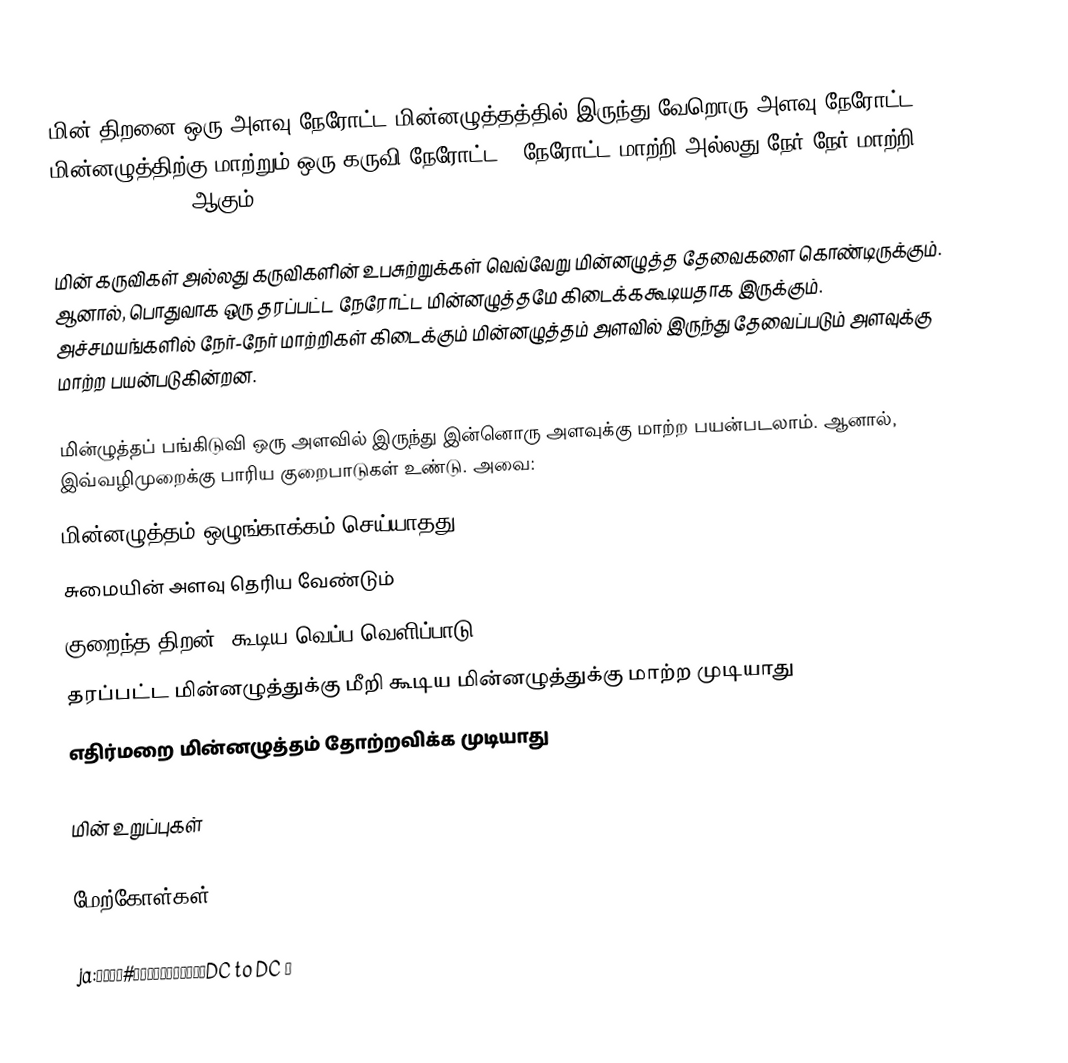
மின் திறனை ஒரு அளவு நேரோட்ட மின்னழுத்தத்தில் இருந்து வேறொரு அளவு நேரோட்ட மின்னழுத்திற்கு மாற்றும் ஒரு கருவி நேரோட்ட - நேரோட்ட மாற்றி அல்லது நேர்-நேர் மாற்றி (DC to DC Converter) ஆகும்.

மின் கருவிகள் அல்லது கருவிகளின் உபசுற்றுக்கள் வெவ்வேறு மின்னழுத்த தேவைகளை கொண்டிருக்கும். ஆனால், பொதுவாக ஒரு தரப்பட்ட நேரோட்ட மின்னழுத்தமே கிடைக்ககூடியதாக இருக்கும். அச்சமயங்களில் நேர்-நேர் மாற்றிகள் கிடைக்கும் மின்னழுத்தம் அளவில் இருந்து தேவைப்படும் அளவுக்கு மாற்ற பயன்படுகின்றன.

மின்ழுத்தப் பங்கிடுவி ஒரு அளவில் இருந்து இன்னொரு அளவுக்கு மாற்ற பயன்படலாம். ஆனால், இவ்வழிமுறைக்கு பாரிய குறைபாடுகள் உண்டு. அவை:
 மின்னழுத்தம் ஒழுங்காக்கம் செய்யாதது
 சுமையின் அளவு தெரிய வேண்டும்
 குறைந்த திறன், கூடிய வெப்ப வெளிப்பாடு
 தரப்பட்ட மின்னழுத்துக்கு மீறி கூடிய மின்னழுத்துக்கு மாற்ற முடியாது
 எதிர்மறை மின்னழுத்தம் தோற்றவிக்க முடியாது

மின் உறுப்புகள்

மேற்கோள்கள்

ja:電源回路#直流入力直流出力電源（DC to DC ）